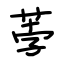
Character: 荸